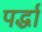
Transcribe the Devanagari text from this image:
पर्द्धा